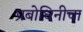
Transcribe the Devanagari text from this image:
प्रबोधिनीचा